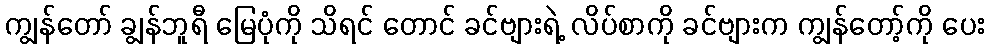
ကျွန်တော် ချွန်ဘူရီ မြေပုံကို သိရင် တောင် ခင်ဗျားရဲ့ လိပ်စာကို ခင်ဗျားက ကျွန်တော့်ကို ပေး